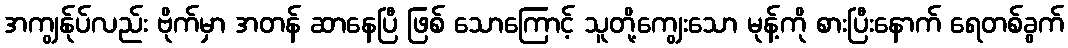
အကျွန်ုပ်လည်း ဗိုက်မှာ အတန် ဆာနေပြီ ဖြစ် သောကြောင့် သူတို့ကျွေးသော မုန့်ကို စားပြီးနောက် ရေတစ်ခွက်